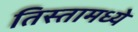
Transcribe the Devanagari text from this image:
तिस्तामध्ये